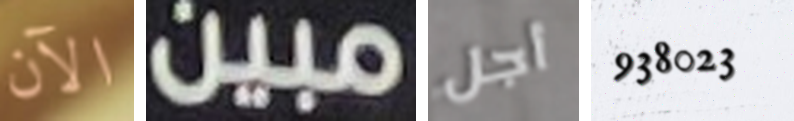
الآن مبين أجل 938023